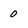
Character: 0